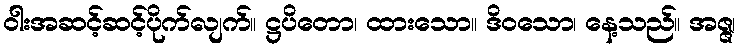
ဝါးအဆင့်ဆင့်ပိုက်လျက်။ ဋ္ဌပိတော၊ ထားသော။ ဒိဝသော၊ နေ့သည်။ အဇ္ဇ၊